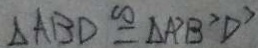
\Delta A B D \cong \Delta A ^ { \prime } B ^ { \prime } D ^ { \prime }